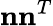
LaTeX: \mathbf{nn}^{T}